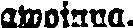
awoinna.